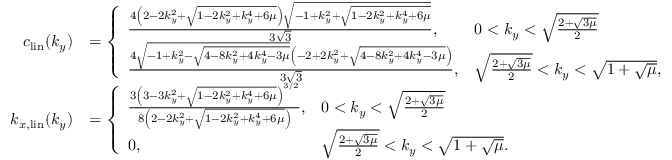
\begin{array} { r l } { c _ { \mathrm { l i n } } ( k _ { y } ) } & { = \left\{ \begin{array} { l l } { \frac { 4 \left( 2 - 2 k _ { y } ^ { 2 } + \sqrt { 1 - 2 k _ { y } ^ { 2 } + k _ { y } ^ { 4 } + 6 \mu } \right) \sqrt { - 1 + k _ { y } ^ { 2 } + \sqrt { 1 - 2 k _ { y } ^ { 2 } + k _ { y } ^ { 4 } + 6 \mu } } } { 3 \sqrt { 3 } } , } & { 0 < k _ { y } < \sqrt { \frac { 2 + \sqrt { 3 \mu } } { 2 } } } \\ { \frac { 4 \sqrt { - 1 + k _ { y } ^ { 2 } - \sqrt { 4 - 8 k _ { y } ^ { 2 } + 4 k _ { y } ^ { 4 } - 3 \mu } } \left( - 2 + 2 k _ { y } ^ { 2 } + \sqrt { 4 - 8 k _ { y } ^ { 2 } + 4 k _ { y } ^ { 4 } - 3 \mu } \right) } { 3 \sqrt { 3 } } , } & { \sqrt { \frac { 2 + \sqrt { 3 \mu } } { 2 } } < k _ { y } < \sqrt { 1 + \sqrt { \mu } } , } \end{array} \right. } \\ { k _ { x , \mathrm { l i n } } ( k _ { y } ) } & { = \left\{ \begin{array} { l l } { \frac { 3 \left( 3 - 3 k _ { y } ^ { 2 } + \sqrt { 1 - 2 k _ { y } ^ { 2 } + k _ { y } ^ { 4 } + 6 \mu } \right) ^ { 3 / 2 } } { 8 \left( 2 - 2 k _ { y } ^ { 2 } + \sqrt { 1 - 2 k _ { y } ^ { 2 } + k _ { y } ^ { 4 } + 6 \mu } \right) } , } & { 0 < k _ { y } < \sqrt { \frac { 2 + \sqrt { 3 \mu } } { 2 } } } \\ { 0 , } & { \sqrt { \frac { 2 + \sqrt { 3 \mu } } { 2 } } < k _ { y } < \sqrt { 1 + \sqrt { \mu } } . } \end{array} \right. } \end{array}